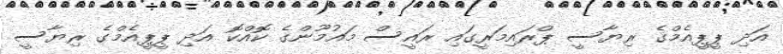
އަދި ޕީޕީއެމްގެ ރިޔާސީ ޕްރައިމަރީގައި ރައީސް މައުމޫންގެ ކޮއްކޮ އަދި ޕީޕީއެމްގެ ރިޔާސީ